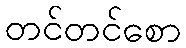
တင်တင်စော